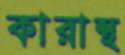
কারান্থ